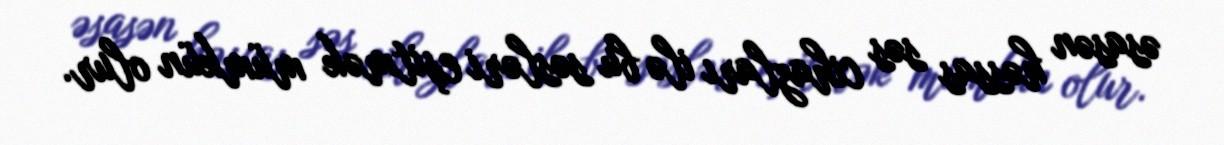
əsasən həssas səs cihazları ilə bu səsləri eşitmək mümkün olur.